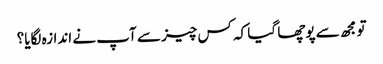
تو مجھ سے پوچھا گیا کہ کس چیز سے آپ نے اندازہ لگایا؟